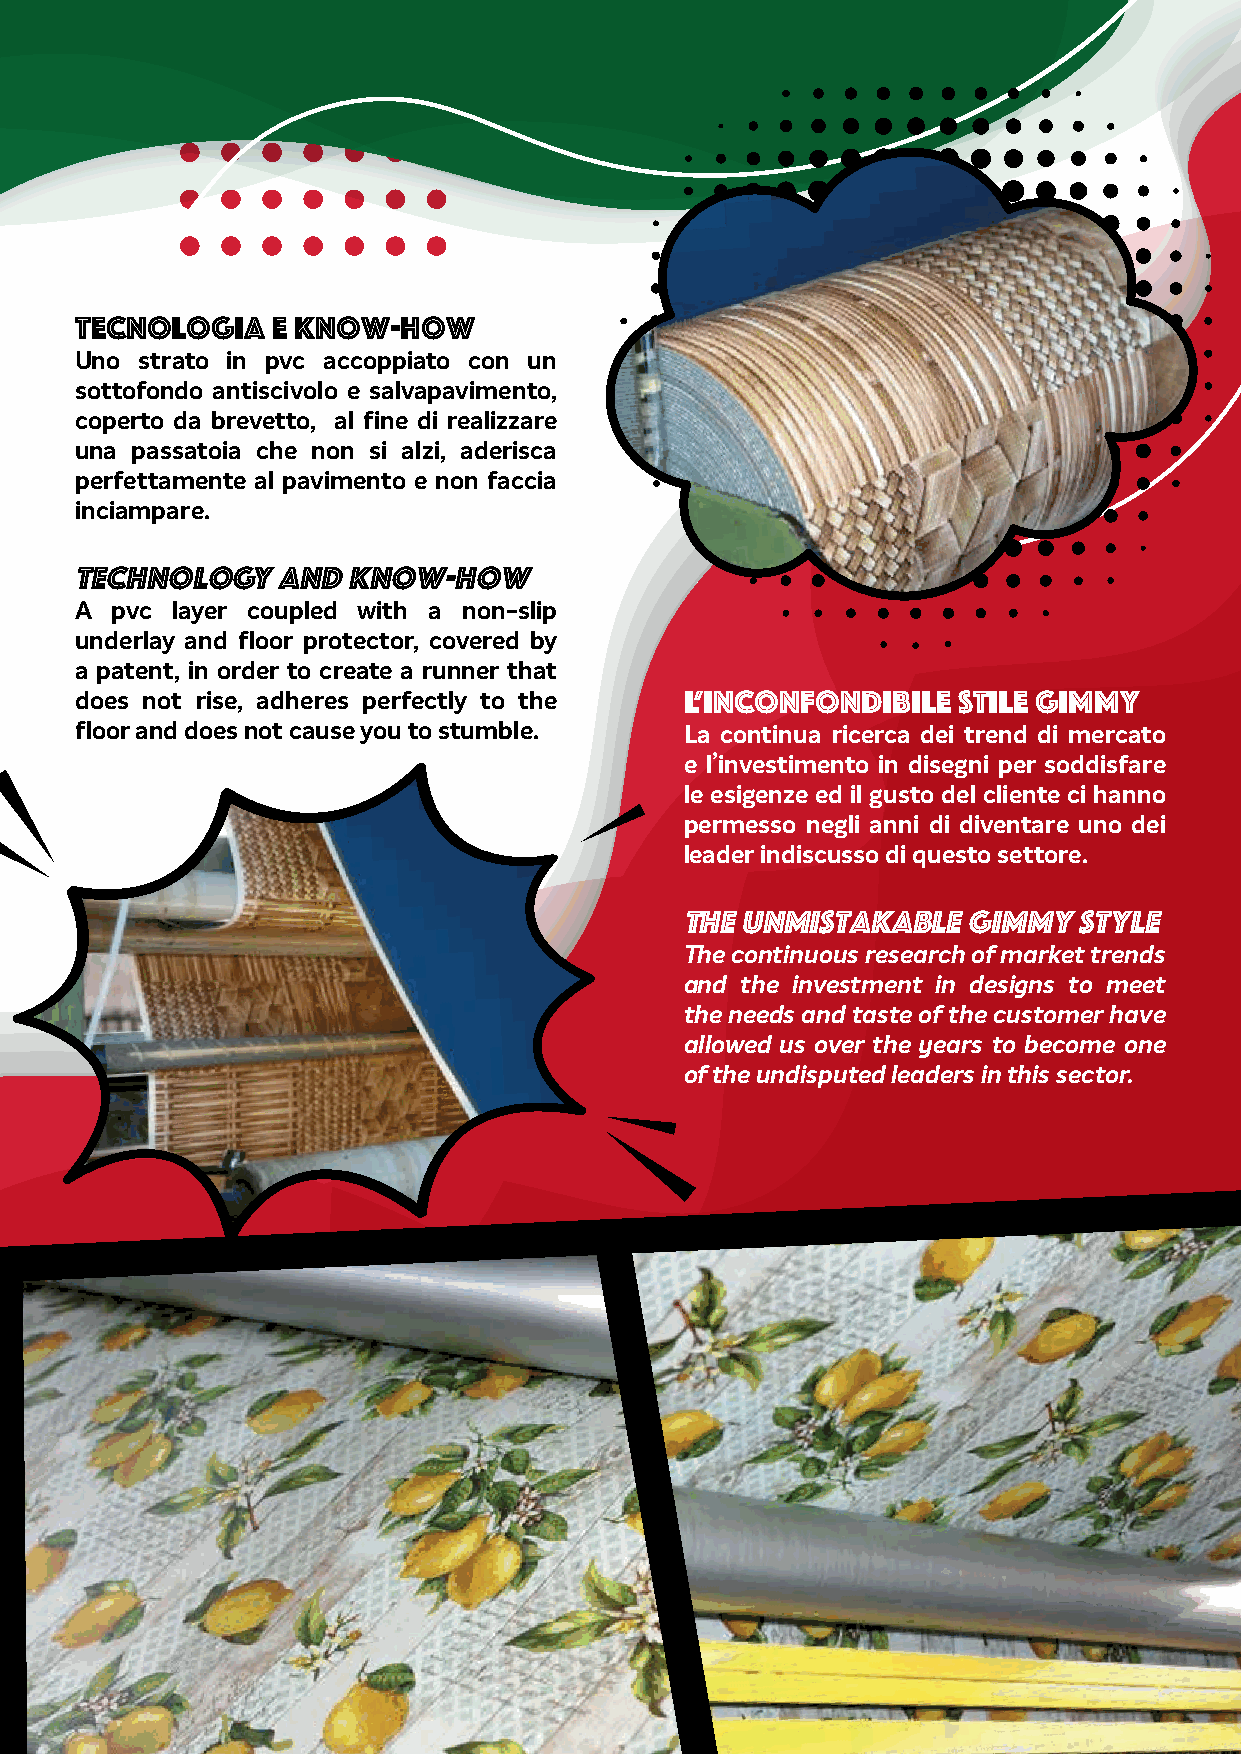
Tecnologia   e Know-how
 Uno strato in pvc accoppiato con un
 sottofondo antiscivolo e salvapavimento,
 coperto da brevetto, al fine di realizzare
 una passatoia che non si alzi, aderisca
 perfettamente al pavimento e non faccia
 inciampare.
 Technology   and  know-how
 A pvc layer coupled with a non-slip
 underlay and floor protector, covered by
 a patent, in order to create a runner that
 does not rise, adheres perfectly to the L’inconfondibile  stile Gimmy
 floor and does not cause you to stumble. La continua ricerca dei trend di mercato
 e l’investimento in disegni per soddisfare
 le esigenze ed il gusto del cliente ci hanno
 permesso negli anni di diventare uno dei
 leader indiscusso di questo settore.
 The unmistakable   Gimmy  style
 The continuous research of market trends
 and the investment in designs to meet
 the needs and taste of the customer have
 allowed us over the years to become one
 of the undisputed leaders in this sector.